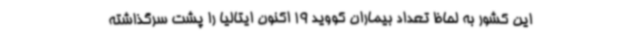
این کشور به لحاظ تعداد بیماران کووید 19 اکنون ایتالیا را پشت سرگذاشته